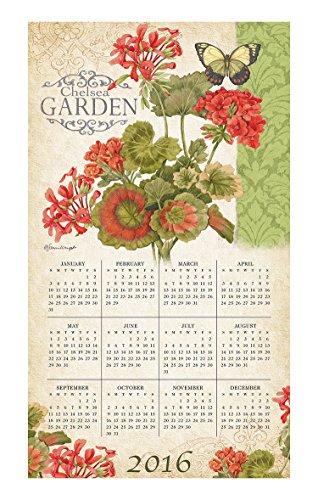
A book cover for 2016 Nature's Palette Calendar Towel; Willow Creek Press; Calendars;